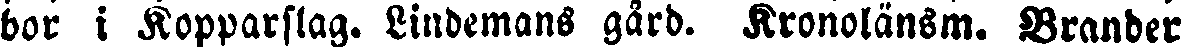
bor i Kopparslag. Lindemans gård. Kronolänsm. Brander